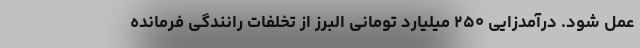
عمل شود. درآمدزایی ۲۵۰ میلیارد تومانی البرز از تخلفات رانندگی فرمانده